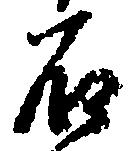
石